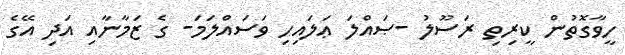
ހީވާގޮތުން ކީރިތި ރަސޫލު -ޞައްލަ ޢަލައިހި ވަސައްލަމަ- ގެ ޒަމާނާއި އަދި އޭގެ